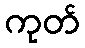
ကုတ်